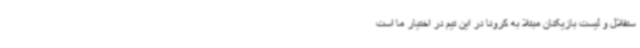
ستقلال و لیست بازیکنان مبتلا به کرونا در این تیم در اختیار ما است